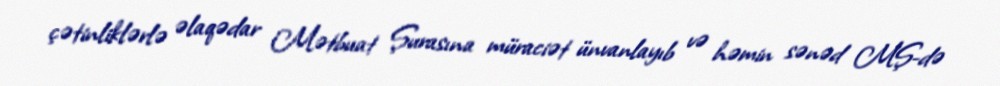
çətinliklərlə əlaqədar Mətbuat Şurasına müraciət ünvanlayıb və həmin sənəd MŞ-də